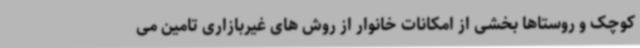
کوچک و روستاها بخشی از امکانات خانوار از روش های غیربازاری تامین می